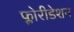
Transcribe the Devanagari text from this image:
फ्लोरीडेशन